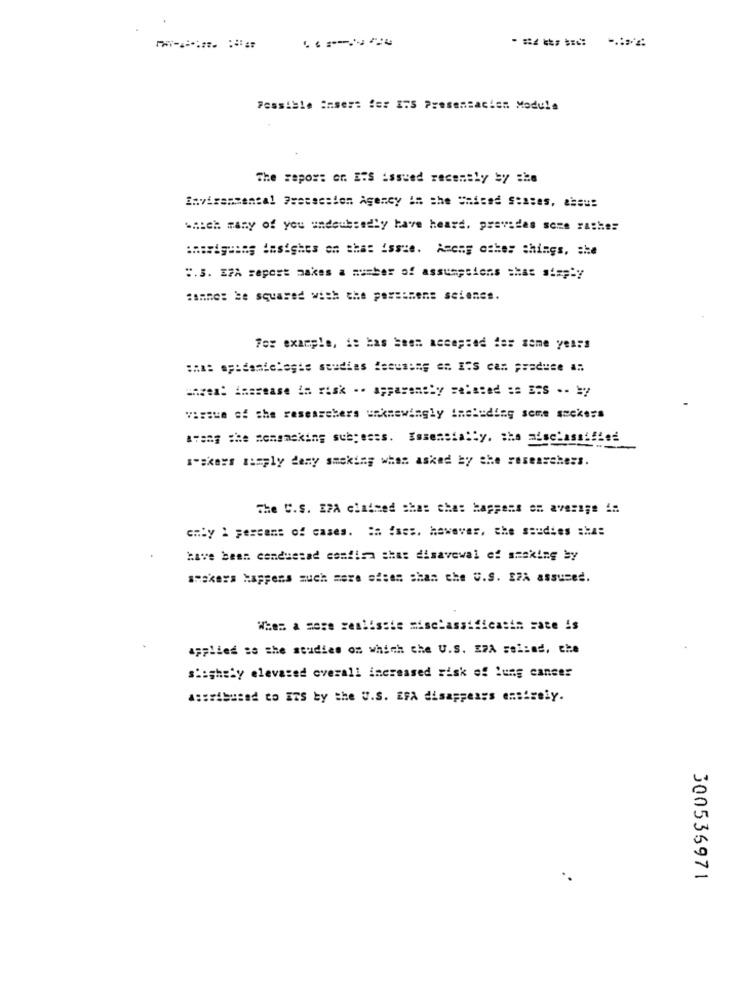
Possible insert for ITS Presentacion Module
The report or. E.S issued recently by she
invisansental Procession Agency in the United States, a=sus
which many of you undoubtedly have heard. prevades some rather
:herigung insights on that issie. Among other things, che
".3. EPA seport makes a number of assumptions =has " != pby
For example, it has been accepted for some years
:ha: op:danielegte studies focusing en ITS can produce a:
unzen: increase in risk -. apparently Felsted :s E25 --
vissue of the researchers unknowingly ineluding some seekers
1-skers simply deny smoking when asked by the researchers.
The C.S. EPA claimed chas ches happens on average in
GHby : percent of cases. #a ises. however, the saudies :has
have been conduesad confira shas disavewal of smaking by
smakers Happens much more ofees shan che U.S. 27A assumed.
When a more realissie misclassificasin rate is
applied so she studies on which che U.S. EPA sei:ad, che
siighely elevated overall increased risk of lung cancer
Assoisused to ITS by the U.S. EFA disappears entirely.
300535971